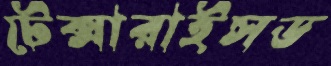
টেক্সারাইসড